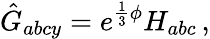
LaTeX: \hat{G}_{abcy}=e^{\frac{1}{3}\phi}H_{abc}\, ,